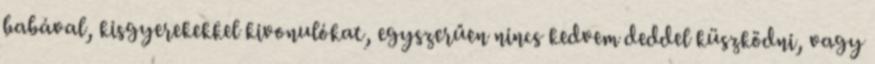
babával, kisgyerekekkel kivonulókat, egyszerűen nincs kedvem deddel küszködni, vagy